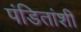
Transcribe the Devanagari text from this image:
पंडितांशी